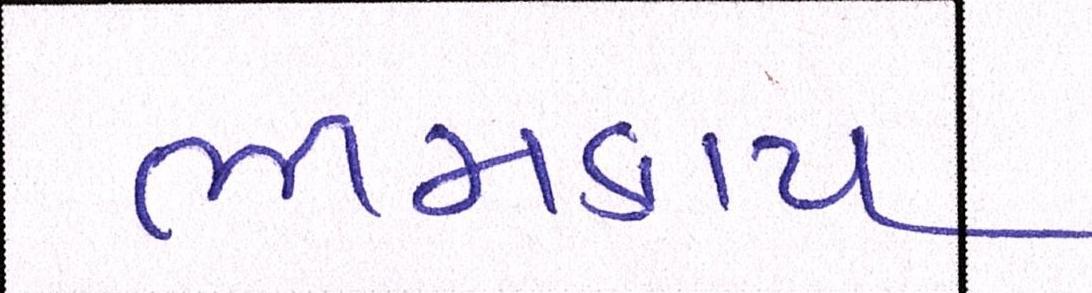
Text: ભીમકાય